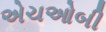
એચઓબી